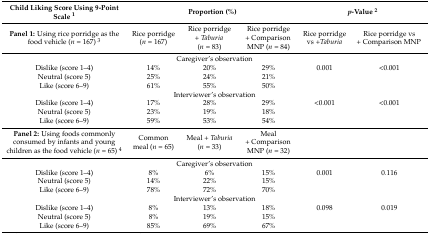
<table><thead><tr><td><b>Child Liking Score Using 9-Point Scale <sup>1</sup></b></td><td colspan="3"><b>Proportion (%)</b></td><td colspan="2"><b><i>p</i>-Value <sup>2</sup></b></td></tr></thead><tbody><tr><td><b>Panel 1:</b> Using rice porridge as the food vehicle (<i>n</i> = 167) <sup>3</sup></td><td>Rice porridge (<i>n</i> = 167)</td><td>Rice porridge + <i>Taburia</i> (<i>n</i> = 83)</td><td>Rice porridge + Comparison MNP (<i>n</i> = 84)</td><td>Rice porridge vs +<i>Taburia</i></td><td>Rice porridge vs + Comparison MNP</td></tr><tr><td colspan="6">Caregiver’s observation</td></tr><tr><td>Dislike (score 1–4)</td><td>14%</td><td>20%</td><td>29%</td><td>0.001</td><td>&lt;0.001</td></tr><tr><td>Neutral (score 5)</td><td>25%</td><td>24%</td><td>21%</td><td></td><td></td></tr><tr><td>Like (score 6–9)</td><td>61%</td><td>55%</td><td>50%</td><td></td><td></td></tr><tr><td colspan="6">Interviewer’s observation</td></tr><tr><td>Dislike (score 1–4)</td><td>17%</td><td>28%</td><td>29%</td><td>&lt;0.001</td><td>&lt;0.001</td></tr><tr><td>Neutral (score 5)</td><td>23%</td><td>19%</td><td>18%</td><td></td><td></td></tr><tr><td>Like (score 6–9)</td><td>59%</td><td>53%</td><td>54%</td><td></td><td></td></tr><tr><td><b>Panel 2:</b> Using foods commonly consumed by infants and young children as the food vehicle (<i>n</i> = 65) <sup>4</sup></td><td>Common meal (<i>n</i> = 65)</td><td>Meal + <i>Taburia</i> (<i>n</i> = 33)</td><td>Meal + Comparison MNP (<i>n</i> = 32)</td><td></td><td></td></tr><tr><td colspan="6">Caregiver’s observation</td></tr><tr><td>Dislike (score 1–4)</td><td>8%</td><td>6%</td><td>15%</td><td>0.001</td><td>0.116</td></tr><tr><td>Neutral (score 5)</td><td>14%</td><td>22%</td><td>15%</td><td></td><td></td></tr><tr><td>Like (score 6–9)</td><td>78%</td><td>72%</td><td>70%</td><td></td><td></td></tr><tr><td colspan="6">Interviewer’s observation</td></tr><tr><td>Dislike (score 1–4)</td><td>8%</td><td>13%</td><td>18%</td><td>0.098</td><td>0.019</td></tr><tr><td>Neutral (score 5)</td><td>8%</td><td>19%</td><td>15%</td><td></td><td></td></tr><tr><td>Like (score 6–9)</td><td>85%</td><td>69%</td><td>67%</td><td></td><td></td></tr></tbody></table>